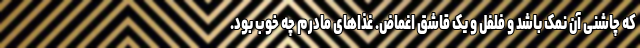
که چاشنی آن نمک باشد و فلفل و یک قاشق اغماض. غذاهای مادرم چه خوب بود.